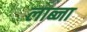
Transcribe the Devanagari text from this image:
लाब्ना